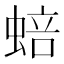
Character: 𬠗